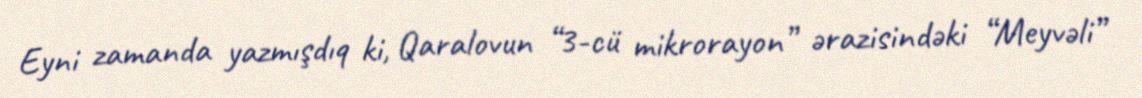
Eyni zamanda yazmışdıq ki, Qaralovun “3-cü mikrorayon” ərazisindəki “Meyvəli”